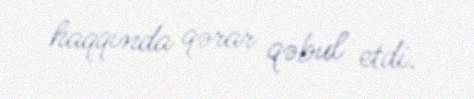
haqqında qərar qəbul etdi.